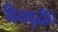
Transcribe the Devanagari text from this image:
हितवृद्धीचे